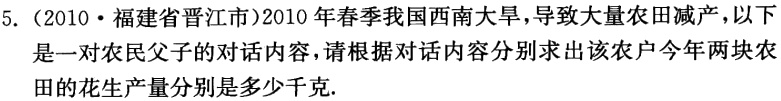
5.（2010·福建省晋江市）2010年春季我国西南大旱，导致大量农田减产，以下是一对农民父子的对话内容，请根据对话内容分别求出该农户今年两块农田的花生产量分别是多少千克.